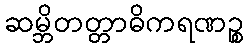
ဆမ္ဘိတတ္တာဓိကရဏဉ္စ